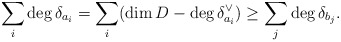
\begin{align*}\sum_i \deg {\delta_{a_i}} = \sum_i (\dim D - \deg \delta_{a_i}^{\vee}) \ge \sum_j \deg{\delta_{b_j}}.\end{align*}